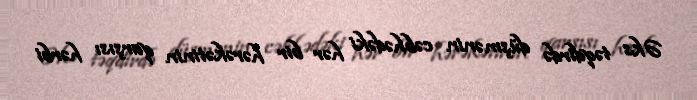
Əks təqdirdə düşmənin cəbhədəki hər bir hərəkətinin qarşısı hərbi